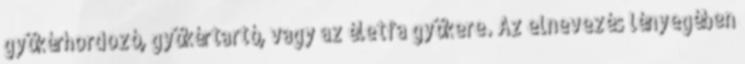
gyökérhordozó, gyökértartó, vagy az életfa gyökere. Az elnevezés lényegében